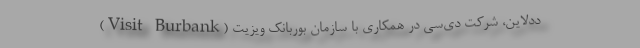
ددلاین، شرکت دی‌سی در همکاری با سازمان بوربانک ویزیت (Visit Burbank)